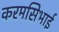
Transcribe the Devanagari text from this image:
करमसिभाई